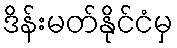
ဒိန်းမတ်နိုင်ငံမှ